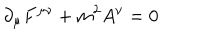
LaTeX: \partial _ { \mu } F ^ { \mu \nu } + m ^ { 2 } A ^ { \nu } = 0